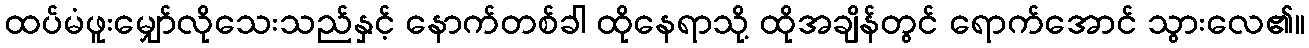
ထပ်မံဖူးမျှော်လိုသေးသည်နှင့် နောက်တစ်ခါ ထိုနေရာသို့ ထိုအချိန်တွင် ရောက်အောင် သွားလေ၏။